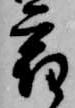
宿